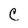
Character: C